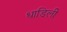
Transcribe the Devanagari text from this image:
धाडिली